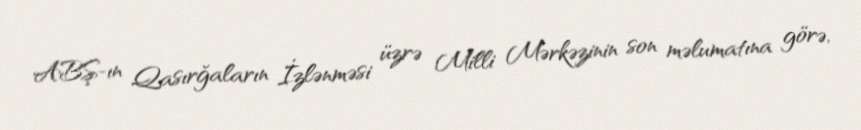
ABŞ-ın Qasırğaların İzlənməsi üzrə Milli Mərkəzinin son məlumatına görə,